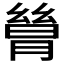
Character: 𬂋